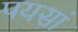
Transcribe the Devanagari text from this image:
पयसां